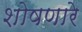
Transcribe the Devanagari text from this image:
शोषणारे